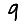
Digit: 9